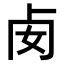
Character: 𠧜